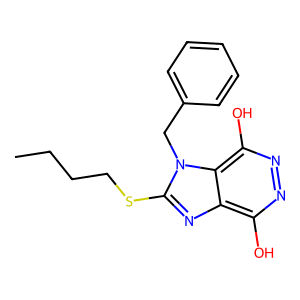
SMILES: CCCCSc1nc2c(O)nnc(O)c2n1Cc1ccccc1
Inhibits HIV replication: No